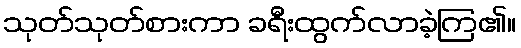
သုတ်သုတ်စားကာ ခရီးထွက်လာခဲ့ကြ၏။